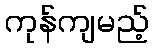
ကုန်ကျမည့်